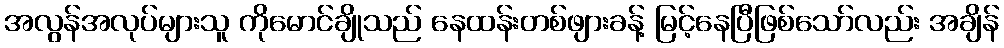
အလွန်အလုပ်များသူ ကိုမောင်ချိုသည် နေထန်းတစ်ဖျားခန့် မြင့်နေပြီဖြစ်သော်လည်း အချိန်